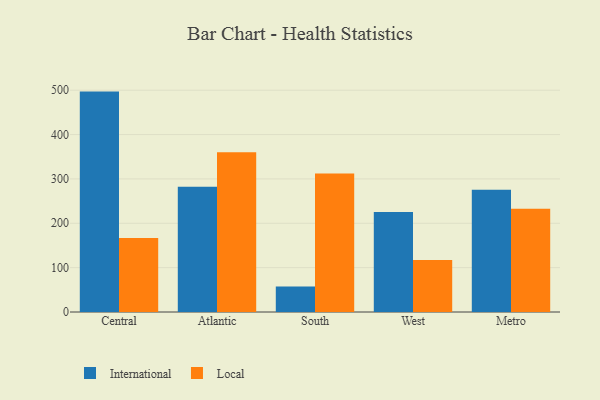
{"axis": {"x": "Region", "y": "Churn Rate (%)"}, "legend": ["International", "Local"], "data": [{"x": "Central", "y": 496.9, "type": "International"}, {"x": "Central", "y": 167.1, "type": "Local"}, {"x": "Atlantic", "y": 282.6, "type": "International"}, {"x": "Atlantic", "y": 360.3, "type": "Local"}, {"x": "South", "y": 57.7, "type": "International"}, {"x": "South", "y": 312.1, "type": "Local"}, {"x": "West", "y": 225.3, "type": "International"}, {"x": "West", "y": 117.4, "type": "Local"}, {"x": "Metro", "y": 275.7, "type": "International"}, {"x": "Metro", "y": 232.5, "type": "Local"}]}